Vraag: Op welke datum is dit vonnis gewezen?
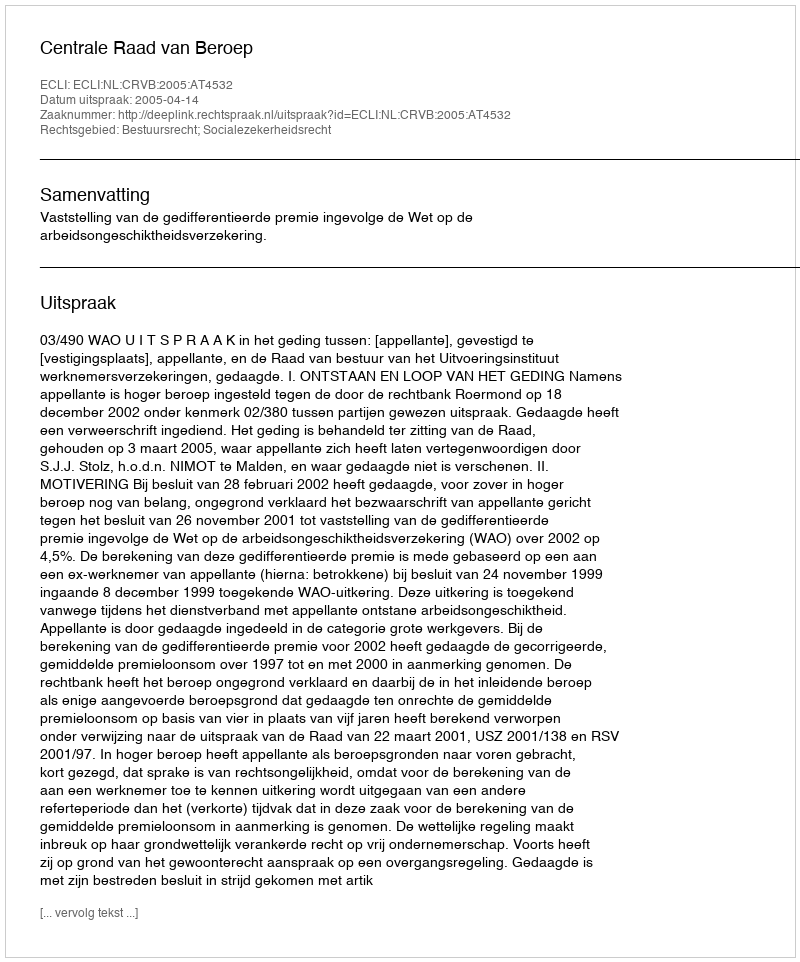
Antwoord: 2005-04-14